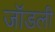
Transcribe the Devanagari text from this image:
जॉडली